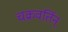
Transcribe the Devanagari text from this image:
चक्रवर्तिन्